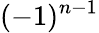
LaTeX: (-1)^{n-1}